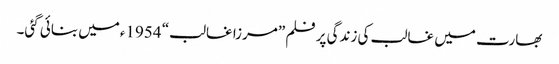
بھارت میں غالب کی زندگی پر فلم ”مرزا غالب“ 1954ءمیں بنائی گئی۔